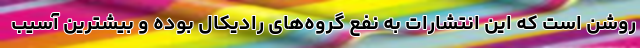
روشن است که این انتشارات به نفع گروه‌های رادیکال بوده و بیشترین آسیب